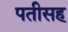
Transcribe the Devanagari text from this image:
पतीसह